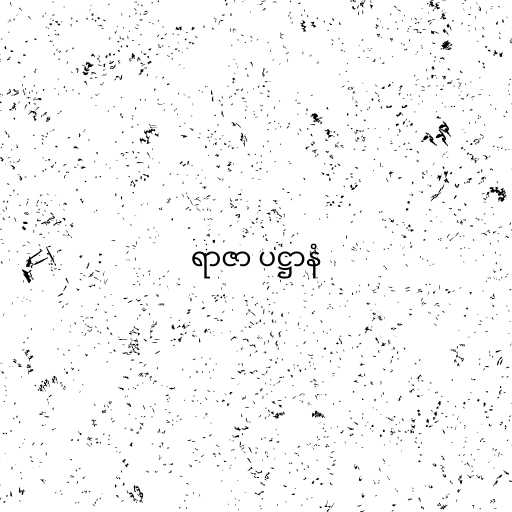
ရာဇာ ပဋ္ဌာနံ